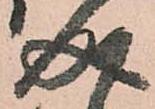
成